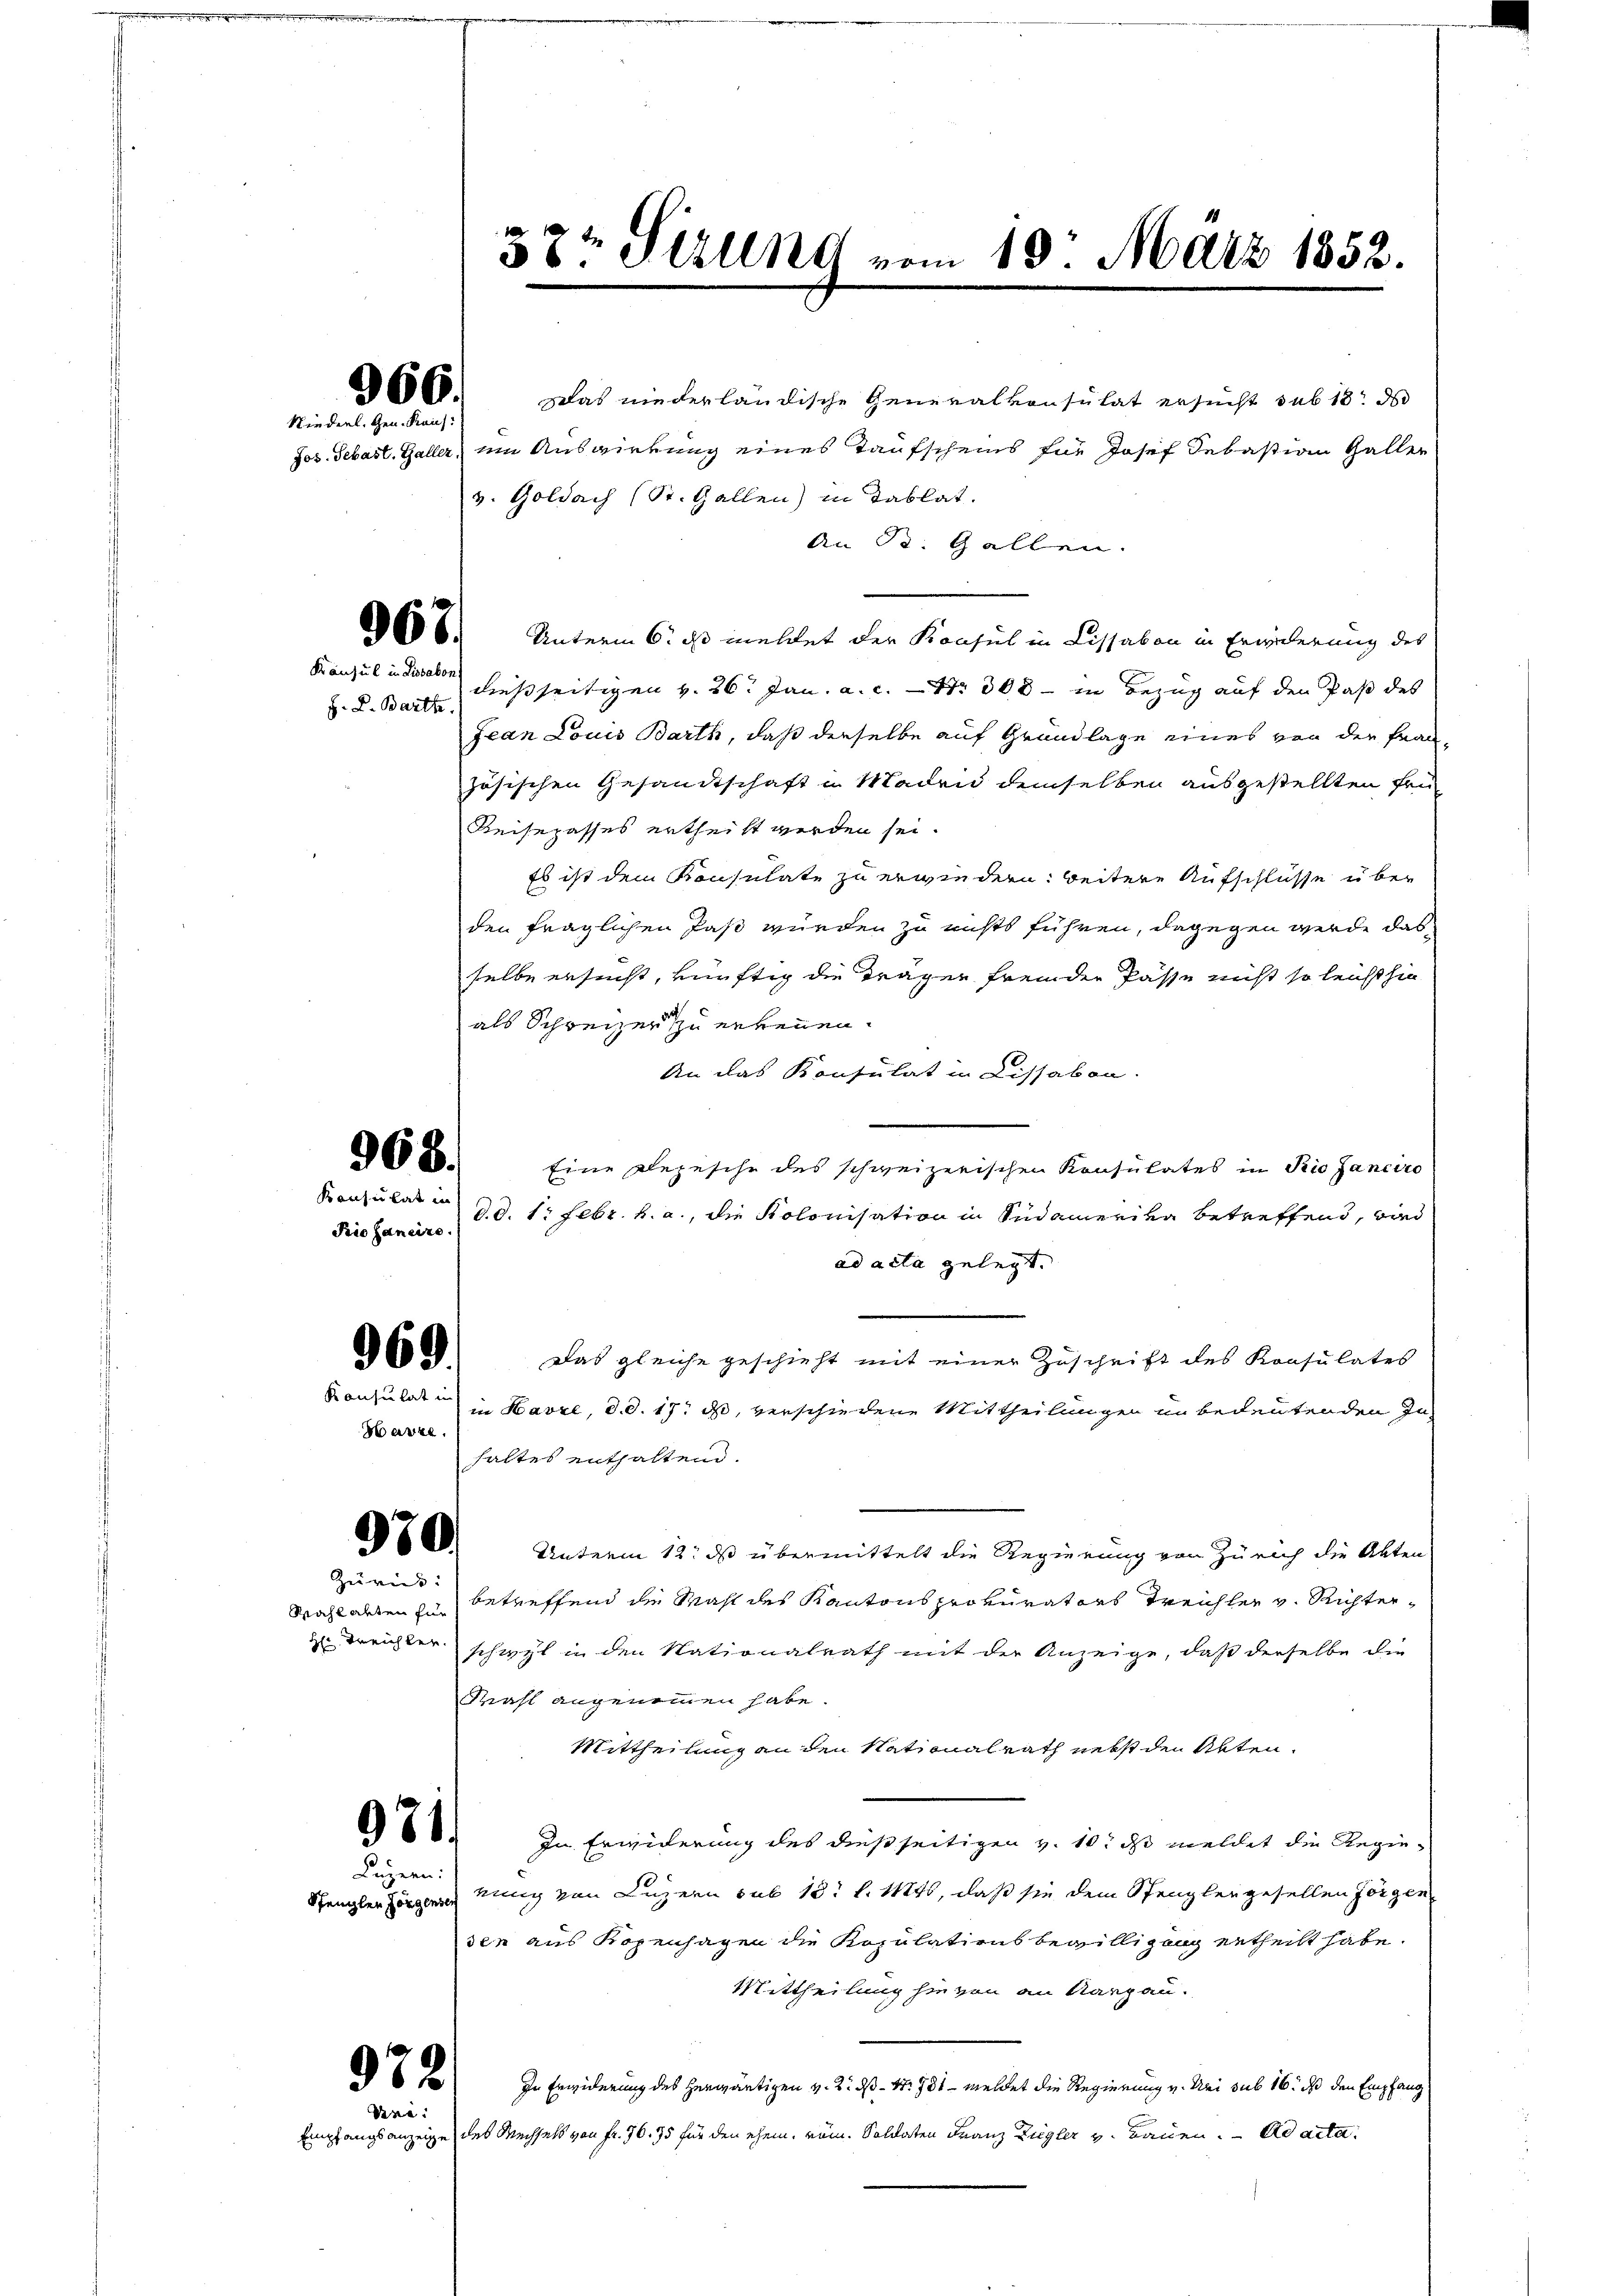
Niederl. Gen. Kauf:

366.

F. L. Barth

Das niederländische Generalkonsulat ersucht sub 18. ds
Jos. Sebast. Galler, um Auswirkung eines Taufscheins für Josef Sebastian Galler
v. Goldach (St. Gallen) in Tablat.
An R. Gallen.
606. Unterm 6. ds meldet der Konsul in Lissabon in Erwiederung des
Konsul in die hießseitigen v. 26. Jan. a. c. – Nr. 300 - in Bezug auf den Past des
Jean Louis Barth, daß derselbe auf Grundlage eines von der Frau-
zösischen Gesandtschaft in Maden demselben ausgestellten Frü¬
Reisepasses ertheilt werden sei.
Es ist dem Konsulate zu erwiedern: beitere Aufschlüsse über
den fraglichen Paß würden zu nichts führen, dagegen werde das
selbe ersucht, künftig die Träger fremder Pässe nicht so leicht hin
als Schweizer zu erkennen.
An das Konsulat in Lissabon.
Eine Depesche des schweizerischen Konsulates in Rio Janciro
d.d. 1. Febr. v. a., die Kolonisation in Südamerika betreffend, wied
ad acta gelegt.
Das gleiche geschieht mit einer Zuschrift des Konsulates
in Havre, d. d. 17. ds, verschiedene Mittheilungen in bedeutenden Jahaltes enthaltend.
680. Unterm 12. ds übermittelt die Regierung von Zürich die Akten
Wahlabten zu betreffend die Wahl des Kantons prokurators Treichler v. Richterzu Berichter schwyl in den Nationalrath mit der Anzeige, daß derselbe die
Kahl angenommen habe.
Mittheilung an den Nationalrath nebst den Akten.
60. In Erwiderung des dießseitigen v. 10. ds meldet die Regie-
nung von Luzern sub 13. l. 114, daß sie dem Spenglengesellen Jörgen
sen aus Kopenhagen die Kopulationsbewilligung ertheilt habe.
Mittheilung hievon an Aargau.
In Erwiderung des herwärtigen v. 2. ds Nr. 781 - meldet die Regierung v. Uri sub 16. ds den Empfang
Empfangsanzeige des Wechsels von Fr. 96. 75 für den ehem, röm. Soldaten Franz Ziegler v. Bauen. ad acta.

968.
Konsulat in

Rio Janeire.

969.

Konsulat in
Harze

Zürich:

Luzern:
Scheulen Horgensen

972
Venie

1

37t Sirung vom 19. März 1852.